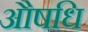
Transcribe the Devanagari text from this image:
औषधि